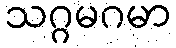
သဂ္ဂမဂမာ